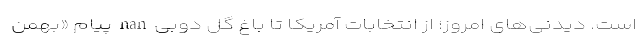
است. دیدنی‌های امروز؛ از انتخابات آمریکا تا باغ گل دوبی nan پیام «بهمن